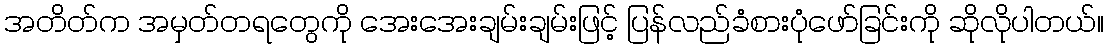
အတိတ်က အမှတ်တရတွေကို အေးအေးချမ်းချမ်းဖြင့် ပြန်လည်ခံစားပုံဖော်ခြင်းကို ဆိုလိုပါတယ်။